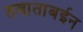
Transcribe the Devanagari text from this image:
तबाताबईन